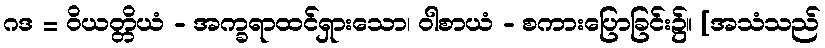
ဂဒ = ဝိယတ္တိယံ - အက္ခရာထင်ရှားသော၊ ဝါစာယံ - စကားပြောခြင်း၌။ [အသံသည်